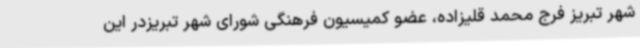
شهر تبریز فرج محمد قلیزاده، عضو کمیسیون فرهنگی شورای شهر تبریزدر این